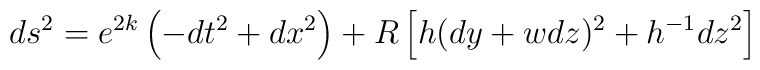
ds^2 =e^{2k} \left( -dt^2 + dx^2 \right) +R \left[ h (dy + w dz)^2 +h^{-1} dz^2 \right]